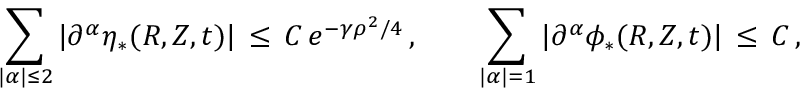
\sum _ { | \alpha | \le 2 } | \partial ^ { \alpha } \eta _ { * } ( R , Z , t ) | \, \le \, C \, e ^ { - \gamma \rho ^ { 2 } / 4 } \, , \qquad \sum _ { | \alpha | = 1 } | \partial ^ { \alpha } \phi _ { * } ( R , Z , t ) | \, \le \, C \, , \qquad